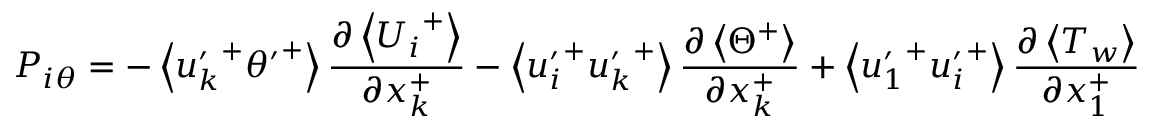
P _ { i \theta } = - \left< { u _ { k } ^ { \prime } } ^ { + } { \theta ^ { \prime } } ^ { + } \right> \frac { \partial \left< { U _ { i } } ^ { + } \right> } { \partial x _ { k } ^ { + } } - \left< { u _ { i } ^ { \prime } } ^ { + } { u _ { k } ^ { \prime } } ^ { + } \right> \frac { \partial \left< \Theta ^ { + } \right> } { \partial x _ { k } ^ { + } } + \left< { u _ { 1 } ^ { \prime } } ^ { + } { u _ { i } ^ { \prime } } ^ { + } \right> \frac { \partial \left< T _ { w } \right> } { \partial x _ { 1 } ^ { + } }